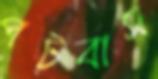
পটবাস